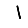
Digit: 1